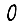
Digit: 0